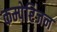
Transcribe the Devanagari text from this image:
कम्पेरिजन